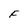
Character: F